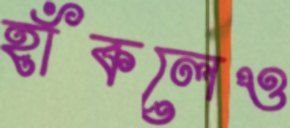
হাঁকলেও